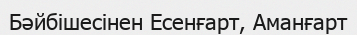
Бәйбішесінен Есенғарт, Аманғарт